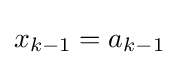
x_{k-1}=a_{k-1}